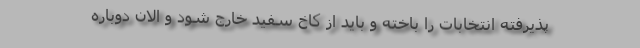
پذیرفته انتخابات را باخته و باید از کاخ سفید خارج شود و الان دوباره